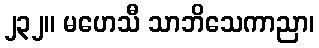
၂၃၂။ မဟေသီ သာဘိသေကာညာ၊